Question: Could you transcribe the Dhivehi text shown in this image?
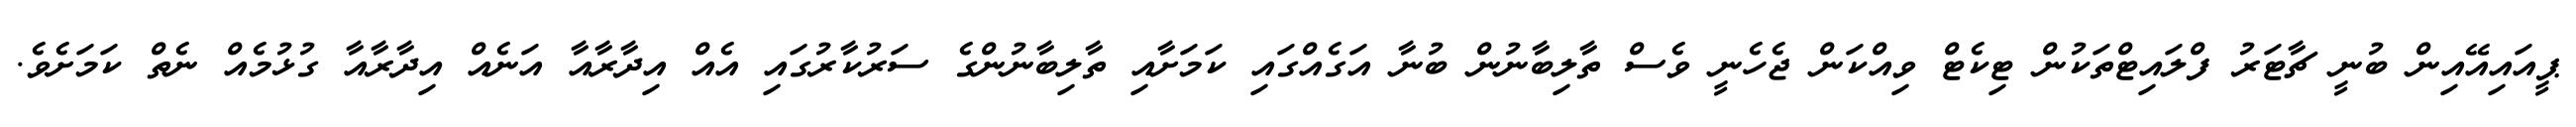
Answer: ޕީއައިއޭއިން ބުނީ ޗާޓަރު ފްލައިޓްތަކުން ޓިކެޓް ވިއްކަން ޖެހެނީ ވެސް ތާލިބާނުން ބުނާ އަގެއްގައި ކަމަށާއި ތާލިބާނުންގެ ސަރުކާރުގައި އެއް އިދާރާއާ އަނެއް އިދާރާއާ ގުޅުމެއް ނެތް ކަމަށެވެ.